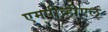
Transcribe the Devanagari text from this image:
एमपीव्हीएल